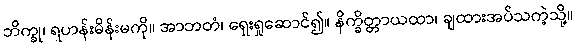
ဘိက္ခု၊ ရဟန်းမိန်းမကို။ အာဘတံ၊ ရှေးရှုဆောင်၍။ နိက္ခိတ္တာယထာ၊ ချထားအပ်သကဲ့သို့။